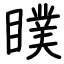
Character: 瞨